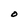
Character: O